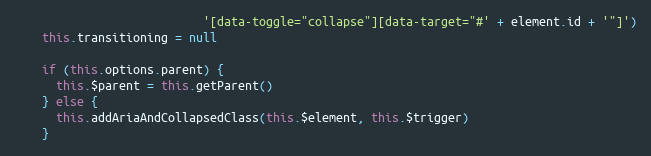
Language: JavaScript
                           '[data-toggle="collapse"][data-target="#' + element.id + '"]')
    this.transitioning = null

    if (this.options.parent) {
      this.$parent = this.getParent()
    } else {
      this.addAriaAndCollapsedClass(this.$element, this.$trigger)
    }